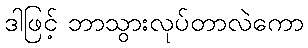
ဒါဖြင့် ဘာသွားလုပ်တာလဲကော